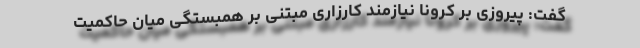
گفت: پیروزی بر کرونا نیازمند کارزاری مبتنی بر همبستگی میان حاکمیت